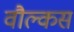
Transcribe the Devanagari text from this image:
वौल्कस